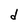
Character: d